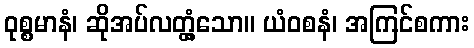
ဝုစ္စမာနံ၊ ဆိုအပ်လတ္တံ့သော။ ယံဝစနံ၊ အကြင်စကား